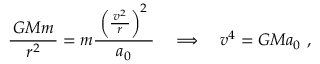
{ \frac { \, G M m \, } { r ^ { 2 } } } = m { \frac { \; \left( { \frac { \, v ^ { 2 } \, } { r } } \right) ^ { 2 } \; } { a _ { 0 } } } \quad \Longrightarrow \quad v ^ { 4 } = G M a _ { 0 } ~ ,